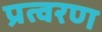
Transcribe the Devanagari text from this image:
प्रत्वरण